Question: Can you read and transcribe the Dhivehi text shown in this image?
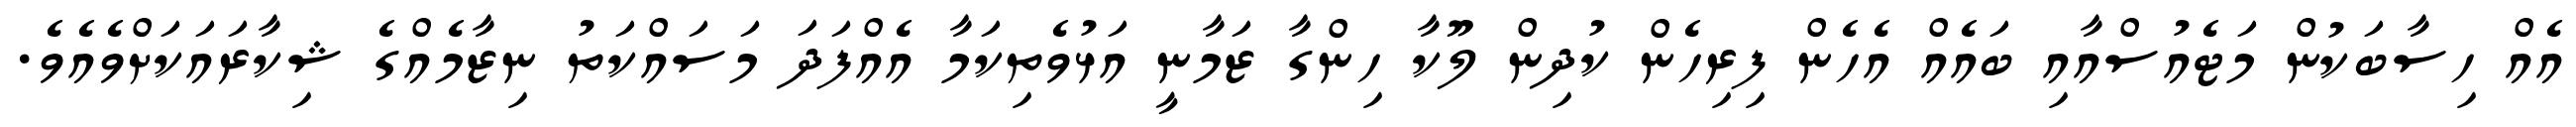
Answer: އެއް ހިސާބަކުން މަޓެއުސްއާއި ބައެއް އެހެން ފިރިހެން ކުދިން ލޫކާ ހިންގާ ޒަމާނީ އަޅުވެތިކަމާ އެއްފަދަ މަސައްކަތު ނިޒާމެއްގެ ޝިކާރައަކަށްވެއެވެ.